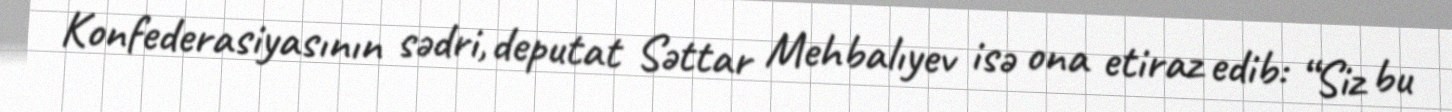
Konfederasiyasının sədri, deputat Səttar Mehbalıyev isə ona etiraz edib: “Siz bu